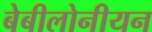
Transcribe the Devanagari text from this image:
बेबीलोनीयन